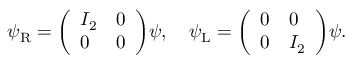
\psi _ { \mathrm { { R } } } = { \left( \begin{array} { l l } { I _ { 2 } } & { 0 } \\ { 0 } & { 0 } \end{array} \right) } \psi , \quad \psi _ { \mathrm { { L } } } = { \left( \begin{array} { l l } { 0 } & { 0 } \\ { 0 } & { I _ { 2 } } \end{array} \right) } \psi .